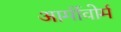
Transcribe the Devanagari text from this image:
आर्मीवोर्म